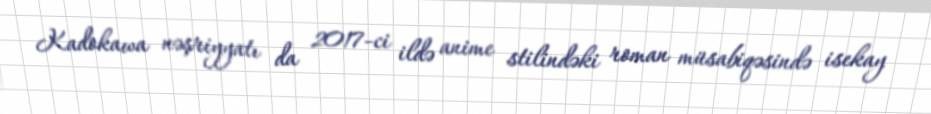
Kadokawa nəşriyyatı da 2017-ci ildə anime stilindəki roman müsabiqəsində isekay